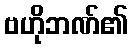
ဗဟိုဘဏ်၏